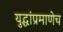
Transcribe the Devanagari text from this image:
युद्धांप्रमाणेच